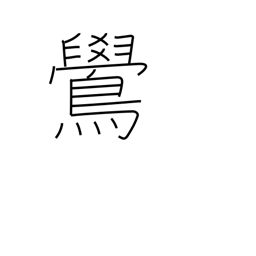
Meaning: bullfinch